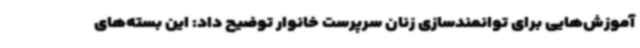
آموزش‌هایی برای توانمندسازی زنان سرپرست خانوار توضیح داد: این بسته‌های